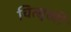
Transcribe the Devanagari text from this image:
चित्सुखी